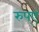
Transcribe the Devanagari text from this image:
रुप्ए